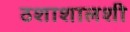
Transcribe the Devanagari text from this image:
ठशाशालशी